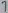
Text: 7